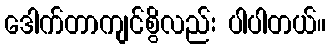
ဒေါက်တာကျင်စွိလည်း ပါပါတယ်။